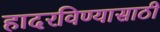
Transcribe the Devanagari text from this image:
हादरविण्यासाठी